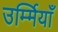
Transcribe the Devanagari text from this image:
उर्म्मियाँ